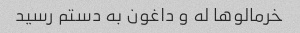
خرمالوها له و داغون به دستم رسید